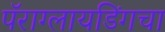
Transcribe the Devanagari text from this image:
पॅराग्लायडिंगचा